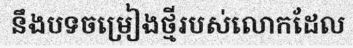
នឹងបទចម្រៀងថ្មីរបស់លោកដែល